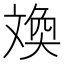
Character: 㪱